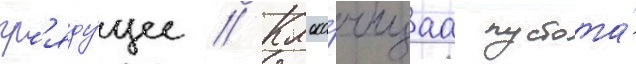
гр'яду́щее // Клоко́чущаа пустота́